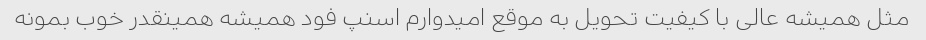
مثل همیشه عالی با کیفیت تحویل به موقع امیدوارم اسنپ فود همیشه همینقدر خوب بمونه